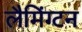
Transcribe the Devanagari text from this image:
लैमिंग्टन